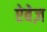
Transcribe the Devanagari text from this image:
ऐबेज़